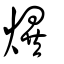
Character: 熼